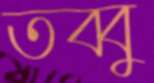
তব্বু